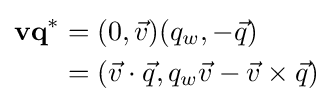
{\begin{aligned}\mathbf {vq^{\ast }} &=(0,{\vec {v}})(q_{w},-{\vec {q}})\\&=({\vec {v}}\cdot {\vec {q}},q_{w}{\vec {v}}-{\vec {v}}\times {\vec {q}})\\\end{aligned}}